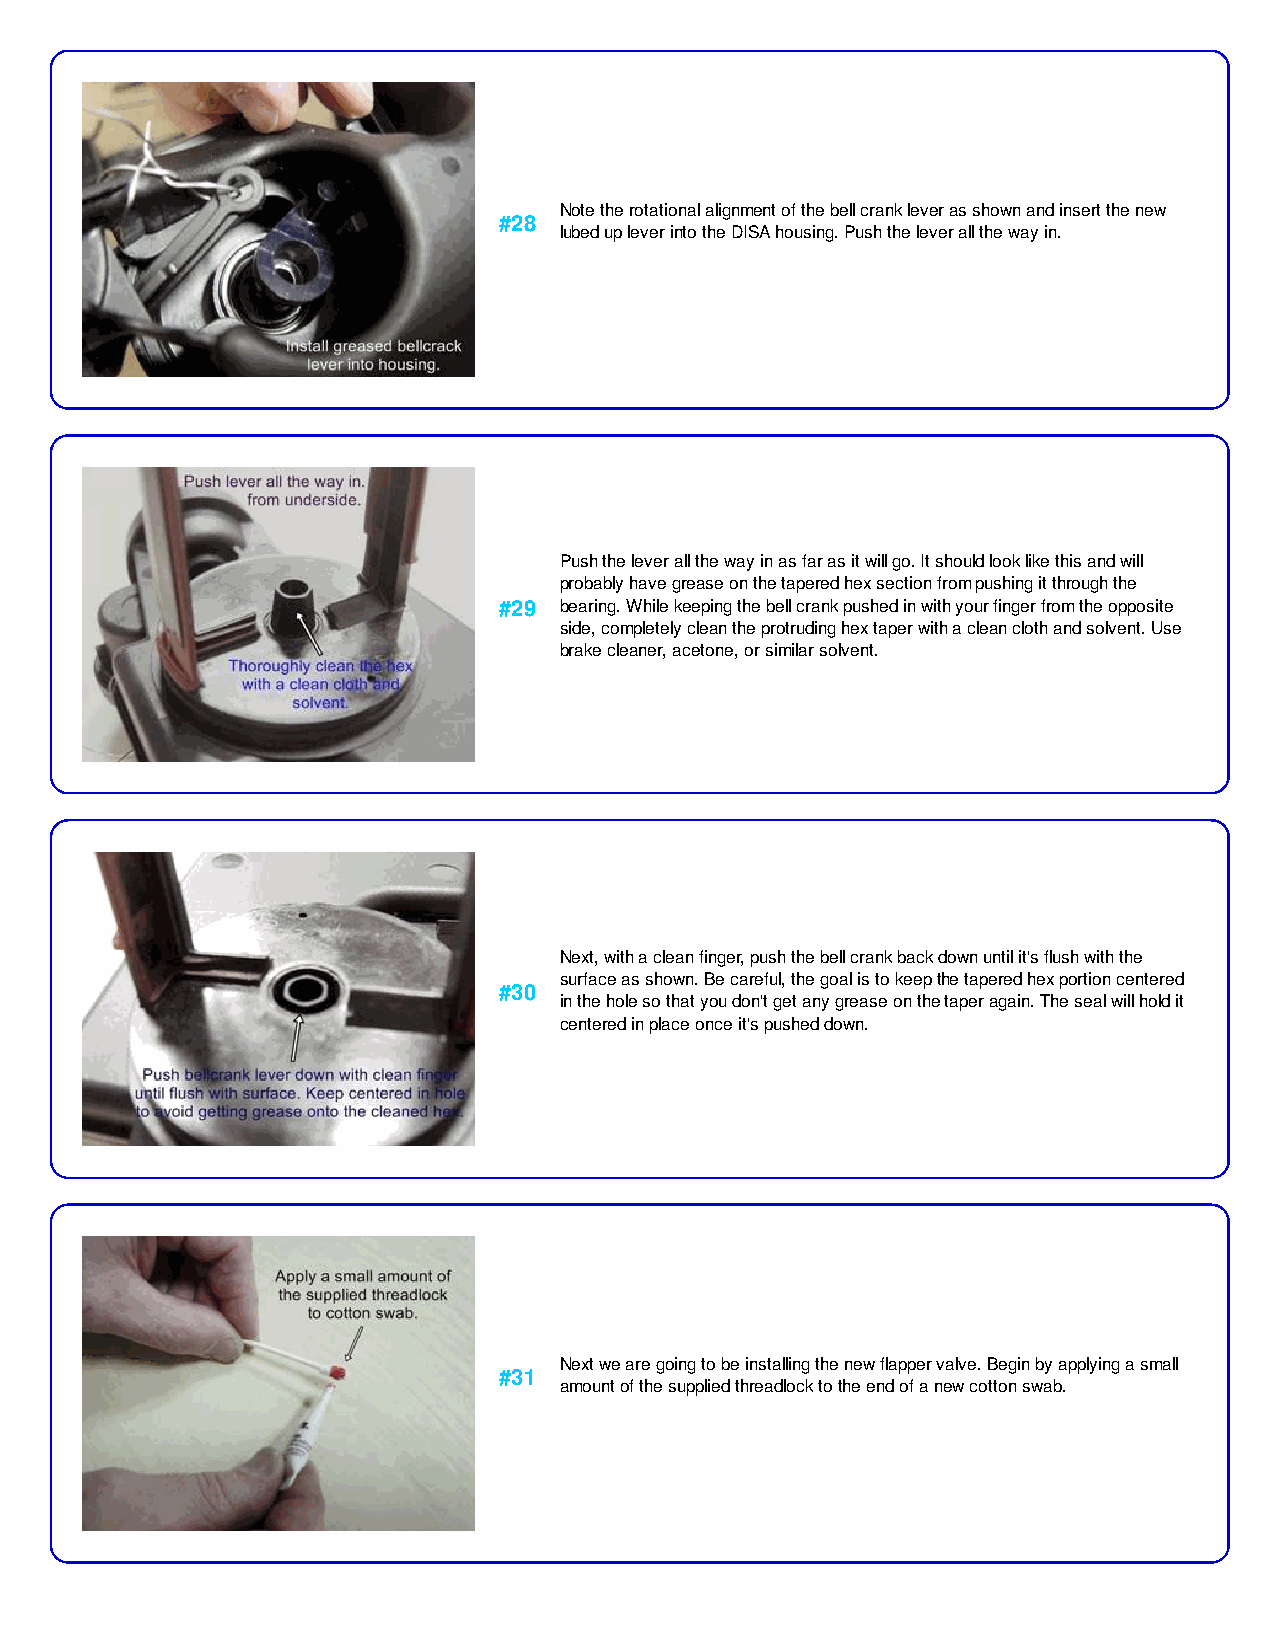
Note the rotational alignment of the bell crank lever as shown and insert the new
 #28
 lubed up lever into the DISA housing. Push the lever all the way in.
 Push the lever all the way in as far as it will go. It should look like this and will
 probably have grease on the tapered hex section from pushing it through the
 #29 bearing. While keeping the bell crank pushed in with your finger from the opposite
 side, completely clean the protruding hex taper with a clean cloth and solvent. Use
 brake cleaner, acetone, or similar solvent.
 Next, with a clean finger, push the bell crank back down until it's flush with the
 surface as shown. Be careful, the goal is to keep the tapered hex portion centered
 #30
 in the hole so that you don't get any grease on the taper again. The seal will hold it
 centered in place once it's pushed down.
 Next we are going to be installing the new flapper valve. Begin by applying a small
 #31
 amount of the supplied threadlock to the end of a new cotton swab.